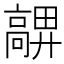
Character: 𩫜